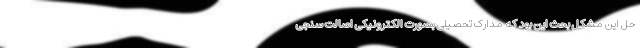
حل این مشکل بحث این بود که مدارک تحصیلی بصورت الکترونیکی اصالت سنجی